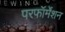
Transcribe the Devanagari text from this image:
परफॉर्मेंशन